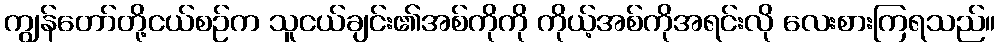
ကျွန်တော်တို့ငယ်စဉ်က သူငယ်ချင်း၏အစ်ကိုကို ကိုယ့်အစ်ကိုအရင်းလို လေးစားကြရသည်။